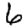
Digit: 6